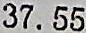
37.55